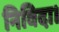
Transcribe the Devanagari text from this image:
निविदा।